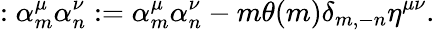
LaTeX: :\alpha_{m}^{\mu}\alpha_{n}^{\nu}:=\alpha_{m}^{\mu}\alpha_{n}^{\nu}-m\theta(m)\delta_{m,-n}\eta^{\mu\nu}{.}